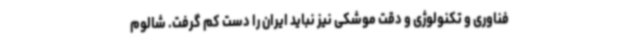
فناوری و تکنولوژی و دقت موشکی نیز نباید ایران را دست کم گرفت. شالوم